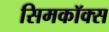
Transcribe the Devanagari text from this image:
सिमकॉक्स